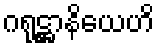
ဂရုဋ္ဌာနိယေဟိ